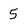
Character: 5